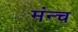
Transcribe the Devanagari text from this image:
मंन्च